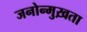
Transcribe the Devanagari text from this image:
जनोन्मुख़ता